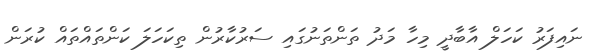
ނައިފަރު ކަހަލް އާބާދީ މިހާ މަދު ތަންތަނުގައި ސަރުކާރުން ތިކަހަލަ ކަންތައްތައް ކުރަން